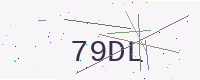
Text: 79DL